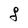
Character: g